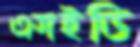
এসইডি